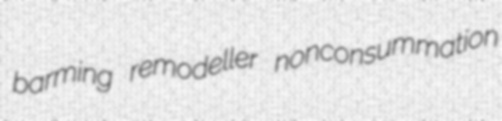
barming remodeller nonconsummation